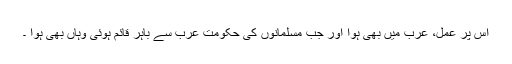
اس پر عمل، عرب میں بھی ہوا اور جب مسلمانوں کی حکومت عرب سے باہر قائم ہوئی وہاں بھی ہوا ۔